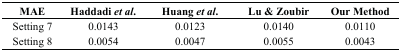
<table><thead><tr><td><b>MAE</b></td><td><b>Haddadi <i>et al</i>.</b></td><td><b>Huang <i>et al</i>.</b></td><td><b>Lu &amp; Zoubir</b></td><td><b>Our Method</b></td></tr></thead><tbody><tr><td>Setting 7</td><td>0.0143</td><td>0.0123</td><td>0.0140</td><td>0.0110</td></tr><tr><td>Setting 8</td><td>0.0054</td><td>0.0047</td><td>0.0055</td><td>0.0043</td></tr></tbody></table>